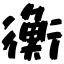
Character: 衡